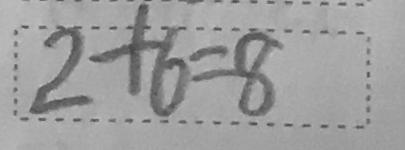
2 + 6 = 8